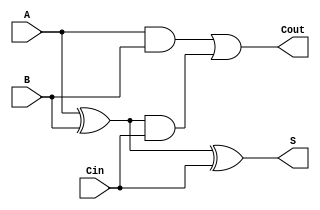
/*
 * Generated by Digital. Don't modify this file!
 * Any changes will be lost if this file is regenerated.
 */

module SumadorCompleto (
  input A,
  input B,
  input Cin,
  output Cout,
  output S
);
  wire s0;
  assign s0 = (A ^ B);
  assign Cout = ((A & B) | (s0 & Cin));
  assign S = (s0 ^ Cin);
endmodule